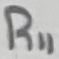
Text: R11